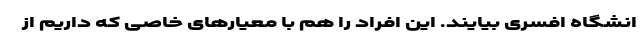
انشگاه افسری بیایند. این افراد را هم با معیارهای خاصی که داریم از